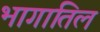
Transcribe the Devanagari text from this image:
भागातिल